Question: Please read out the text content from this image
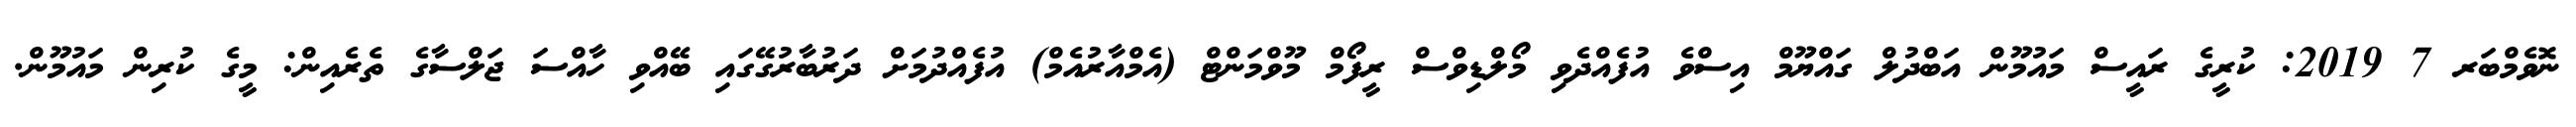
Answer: ނޮވެމްބަރ 7 2019: ކުރީގެ ރައީސް މައުމޫން އަބްދުލް ގައްޔޫމް އިސްވެ އުފެއްދެވި މޯލްޑިވްސް ރީފޯމް މޫވްމަންޓް (އެމްއާރުއެމް) އުފެއްދުމަށް ދަރުބާރުގޭގައި ބޭއްވި ހާއްސަ ޖަލްސާގެ ތެރެއިން: މީގެ ކުރިން މައުމޫން.